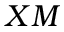
X M